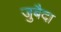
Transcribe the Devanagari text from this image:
जुबैदा